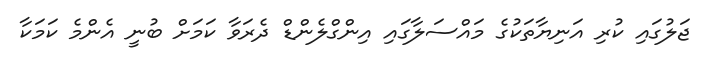
ޖަލުގައި ކުރި އަނިޔާތަކުގެ މައްސަލާގައި އިންގްލެންޑް ދެރަވާ ކަމަށް ބުނީ އެންމެ ކަމަކާ